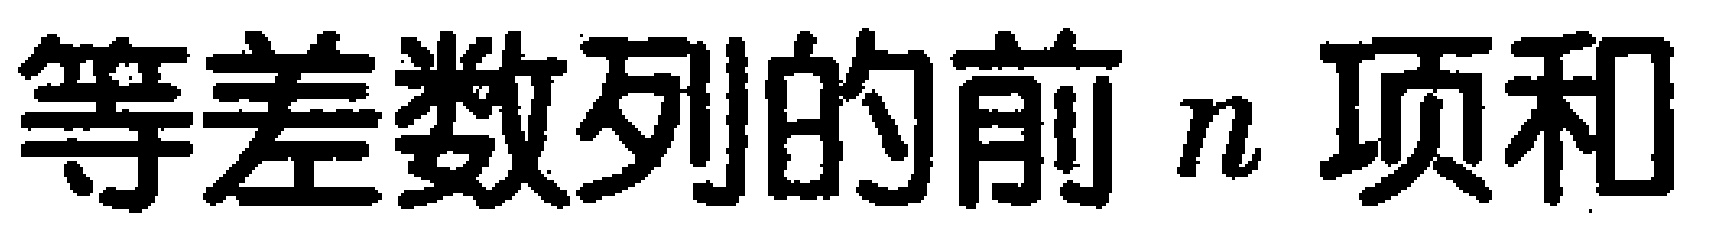
等差数列的前 \(n\) 项和